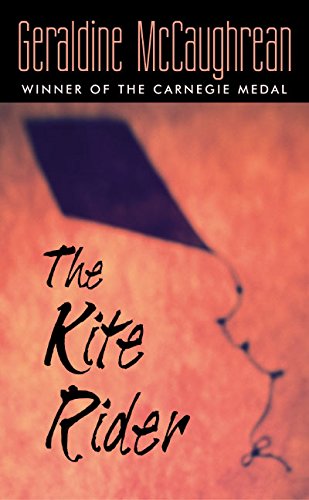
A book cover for The Kite Rider; Geraldine McCaughrean; Teen & Young Adult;